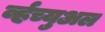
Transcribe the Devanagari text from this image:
र्व्हच्युअल